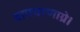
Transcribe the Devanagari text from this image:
वामचरणाग्रे।